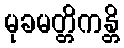
မုခမတ္တိကန္တိ